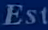
Est